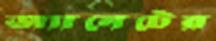
জ্যানেটের